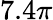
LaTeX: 7.4\pi